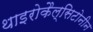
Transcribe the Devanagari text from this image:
थाइरोकैल्सिटोनीन